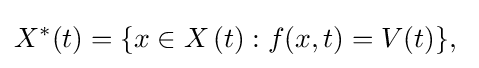
X^{\ast }(t)=\{x\in X\left(t\right):f(x,t)=V(t)\}{\text{, }}